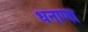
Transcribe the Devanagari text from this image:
धनाणा